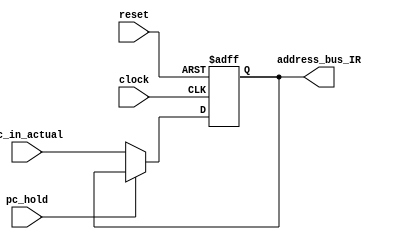
`timescale 1ns / 1ps
//////////////////////////////////////////////////////////////////////////////////
module PC_Register(clock, reset, pc_hold, pc_in_actual, address_bus_IR);
    input clock, reset, pc_hold;
    input [31:0] pc_in_actual;
    output reg [31:0] address_bus_IR;
    
    always @(posedge clock, posedge reset)
        begin
            if (reset==1)
                address_bus_IR <= 32'h00000000;
            else if (pc_hold == 0)
                address_bus_IR <= pc_in_actual;
            else 
                address_bus_IR <= address_bus_IR;
        end       
endmodule